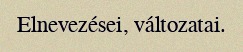
Elnevezései, változatai.